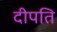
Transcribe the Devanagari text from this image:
दीपति